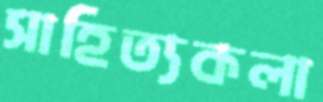
সাহিত্যকলা